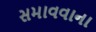
સમાવવાના